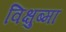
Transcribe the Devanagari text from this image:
विक्षुब्मा